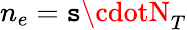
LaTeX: n_{e}=\mathtt{s}\cdotN_{T}